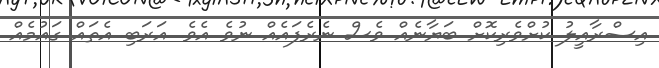
އިސްރާއީލު ކުށްވެރިކޮށް ބަޔާނެއް ވެސް ނެރެފައެއް ނުވެ އެވެ. އަރަބި އެތައް ގައުމެއް